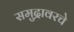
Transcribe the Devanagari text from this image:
समुद्रावरचे